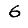
Digit: 6